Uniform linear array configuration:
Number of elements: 4
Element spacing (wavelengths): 0.75
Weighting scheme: hamming
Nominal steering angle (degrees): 45
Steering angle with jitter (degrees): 45.158
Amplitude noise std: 0.05
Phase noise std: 0.05

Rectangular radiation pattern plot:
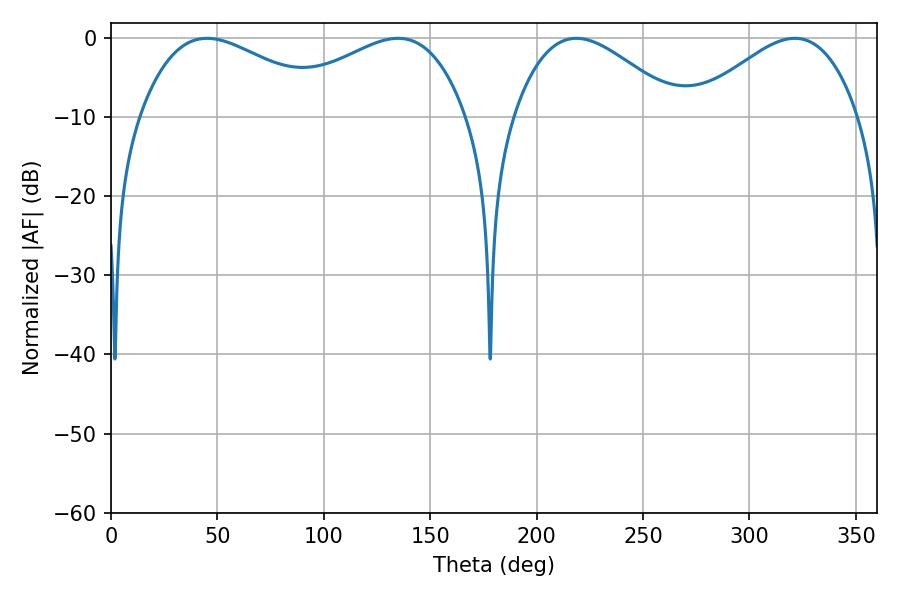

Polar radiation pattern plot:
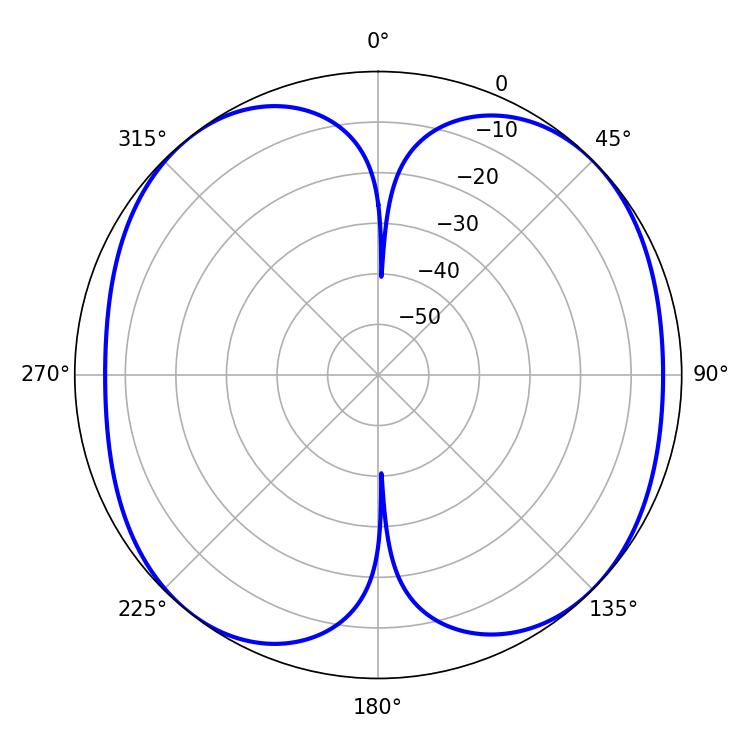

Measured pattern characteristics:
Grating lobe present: TRUE
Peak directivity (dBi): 10.057
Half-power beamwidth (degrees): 41.76
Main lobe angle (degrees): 218.7